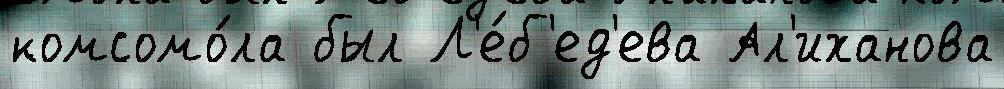
комсомо́ла был Л'е́б'ед'ева Ал'иханова